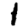
Digit: 1